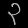
Digit: ၃